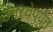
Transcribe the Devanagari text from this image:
उतरवेपर्यंत